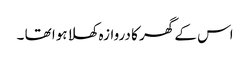
اس کے گھر کا دروازہ کھلا ہوا تھا ۔